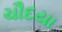
ચૌદયા